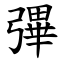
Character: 彃